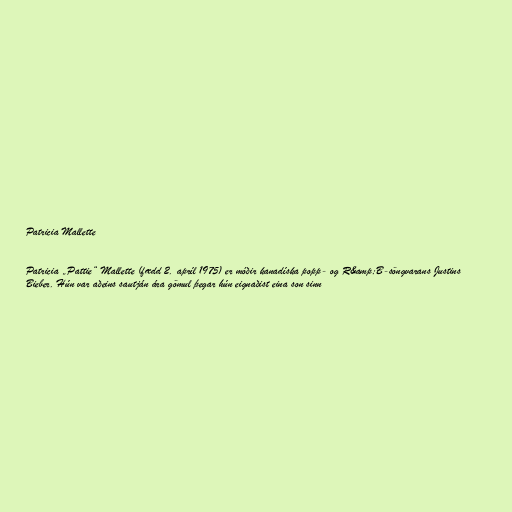
Patricia Mallette

Patricia „Pattie“ Mallette (fædd 2. apríl 1975) er móðir kanadíska popp- og R&amp;B-söngvarans Justins
Bieber. Hún var aðeins sautján ára gömul þegar hún eignaðist eina son sinn